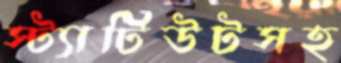
স্ট্যাটিউটসহ